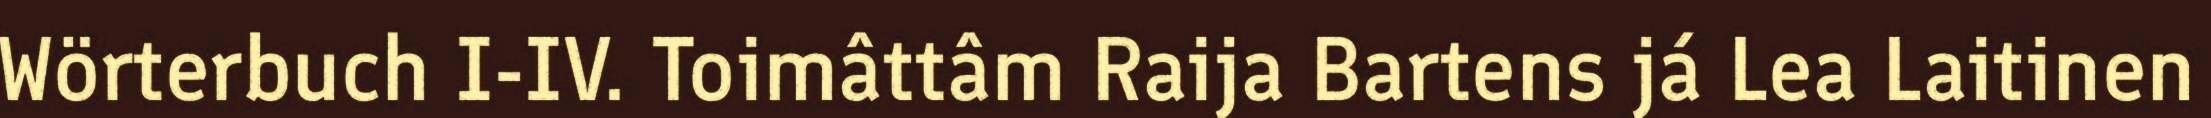
Wörterbuch I-IV. Toimâttâm Raija Bartens já Lea Laitinen